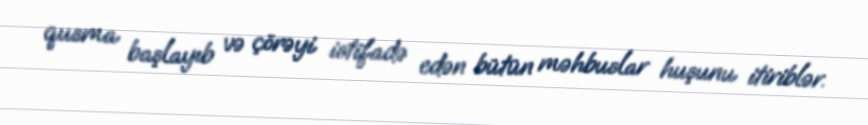
qusma başlayıb və çörəyi istifadə edən bütün məhbuslar huşunu itiriblər.